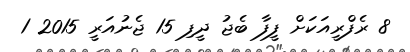
8 ރެފްރީއަކަށް ފީފާ ބެޖު ދީފި 15 ޖެނުއަރީ 2015 1